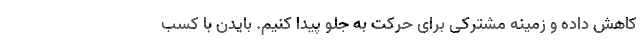
کاهش داده و زمینه مشترکی برای حرکت به جلو پیدا کنیم. بایدن با کسب